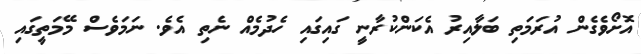
އޮށޯވެގެން އުރަމަތި ބަލާއިރު އެކަންކުރާނީ ގައިގައި ހެދުމެއް ނެތި އެވެ. ނަމަވެސް މޭމަތީގައި